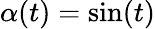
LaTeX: \alpha(t)=\sin(t)